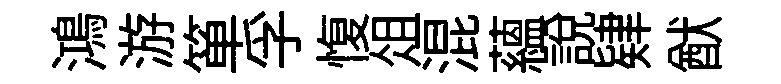
鴻游箪孚愎俎混蘊說肄猷